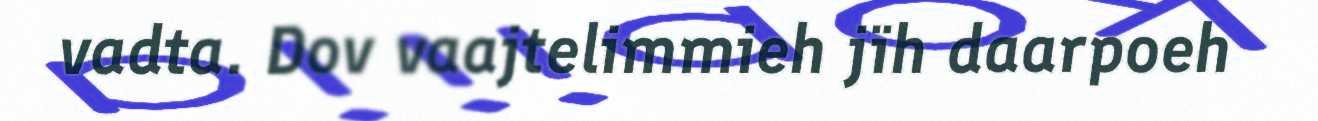
vadta. Dov vaajtelimmieh jïh daarpoeh